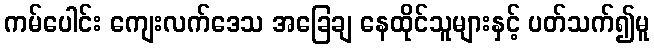
ကမ်ပေါင်း ကျေးလက်ဒေသ အခြေချ နေထိုင်သူများနှင့် ပတ်သက်၍မူ